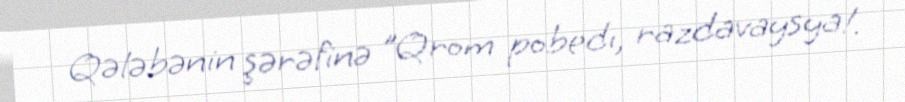
Qələbənin şərəfinə "Qrom pobedı, razdavaysya!.